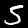
Digit: 5